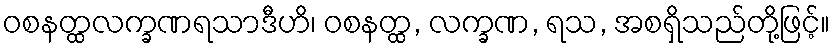
ဝစနတ္ထလက္ခဏရသာဒီဟိ၊ ဝစနတ္ထ, လက္ခဏ, ရသ, အစရှိသည်တို့ဖြင့်။